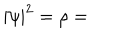
| \psi | ^ { 2 } = \rho =